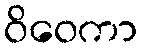
ဝိဝေကာ